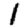
Digit: 1